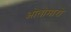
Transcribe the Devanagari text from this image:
ओतोमारो